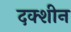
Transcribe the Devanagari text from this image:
दक्शीन